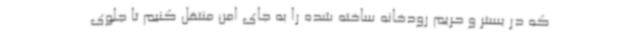
که در بستر و حریم رودخانه ساخته شده را به جای امن منتقل کنیم تا جلوی